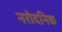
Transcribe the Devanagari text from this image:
नरोदनिक